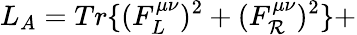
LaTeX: L_{A}=Tr\{ (F_{L}^{\mu\nu})^{2}+(F_{\mathcal{R}}^{\mu\nu})^{2}\} +